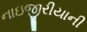
નાઇજીરીયાની